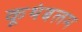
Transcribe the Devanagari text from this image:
कूथंबलम